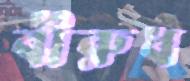
বীরুধ